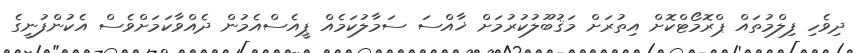
ދިވެހި ފިލްމުތައް ޕްރޮމޯޓްކޮށް އިތުރަށް މަޤުބޫލުކުރުމަށް ޚާއްސަ ސަމާލުކަމެއް ޕީއެސްއެމުން ދެއްވާކަމަށްވެސް އެކުންފުނީގެ